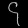
Digit: ၄